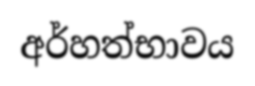
අර්හත්භාවය